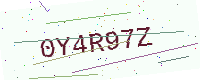
Text: 0Y4R97Z